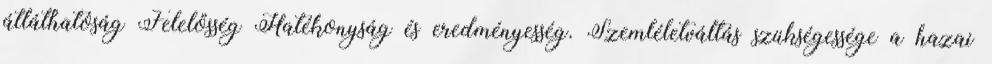
átláthatóság Felelősség Hatékonyság és eredményesség. Szemléletváltás szükségessége a hazai